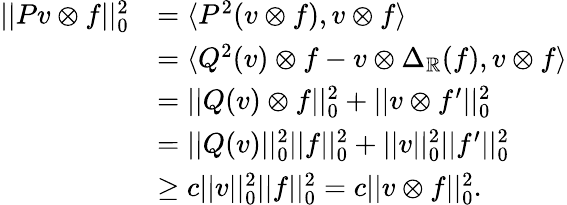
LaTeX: \begin{array}{rl}{||Pv\otimes f||_{0}^{2}}&{=\langle P^{2}(v\otimes f),v\otimes f\rangle}\\ &{=\langle Q^{2}(v)\otimes f-v\otimes\Delta_{\mathord{\mathbb{R}}}(f),v\otimes f\rangle}\\ &{=||Q(v)\otimes f||_{0}^{2}+||v\otimes f^{\prime}||_{0}^{2}}\\ &{=||Q(v)||_{0}^{2}||f||_{0}^{2}+||v||_{0}^{2}||f^{\prime}||_{0}^{2}}\\ &{\geq c||v||_{0}^{2}||f||_{0}^{2}=c||v\otimes f||_{0}^{2}.}\end{array}